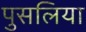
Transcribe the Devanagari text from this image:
पुसलिया